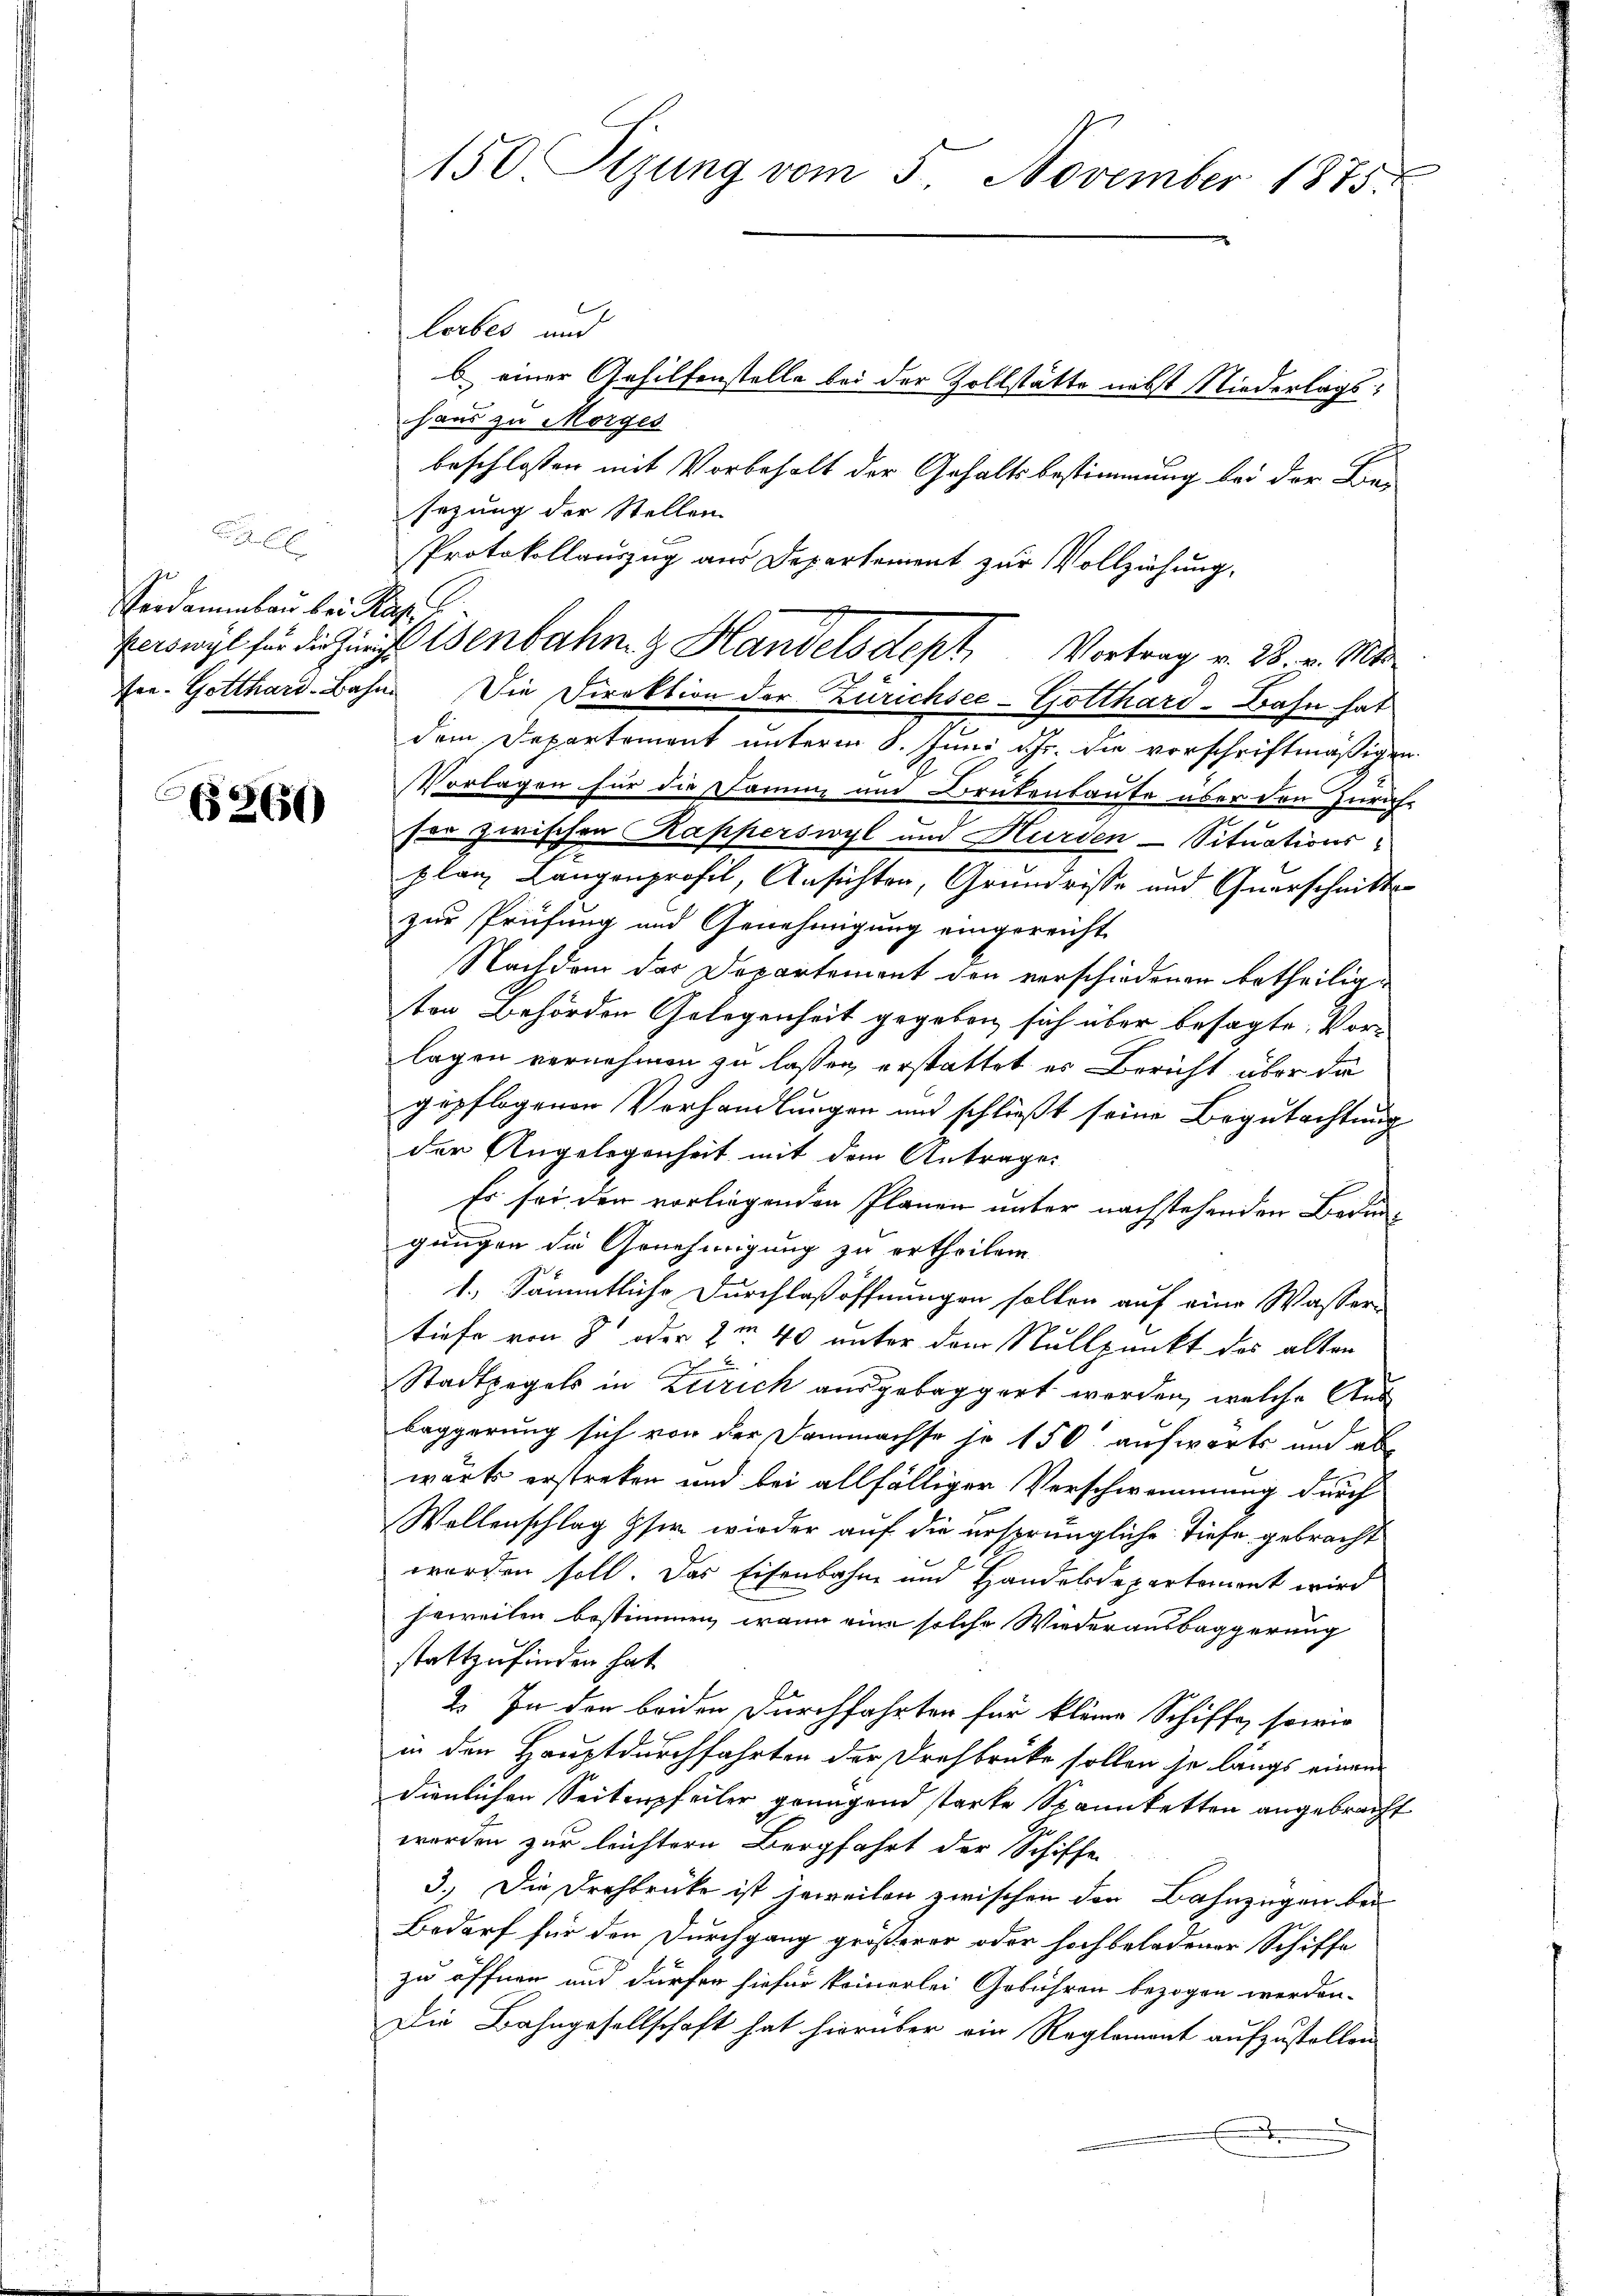
Verdammbau bei Russ

6260

Lorbes und
b einer Gehilfenstelle bei der Zollstätte nebst Niederlagshaus zu Morges
beschlossen mit Vorbehalt der Gehaltsbestimmung bei der Bei-
sezung der Stellen
Protokollauszug aus Departement zur Vollziehung.
Ewwyl für die Zunft isenbahn & Handelsdept Vortrag v. 28. v. Mts.
Fre- Gotthard-Bahn. Die Direktion der Zürichsee-Gotthard-Bahn hat
dem Departement unterm 8. Juni d. Js. die vorschriftmäßigen
Vorlagen für die Damme und Brütenbaute über den Zürichser zwischen Kapperswyl und Hurden Situationsplanz Langenprofil, Ansichten, Grundriste und Querschnittszur Prüfung und Genehmigung eingereicht
Nachdem das Departement den verschiedenen betheiligten Behörden Gelegenheit gegeben sich über besagte Vorlagen vernehmen zu lassen, erstattet es Bericht über da
gepflogenen Verhandlungen und schließt seine Begutachtung
der Angelegenheit mit dem Antrage
Es sei der vorliegenden Planen unter nachstehenden Bedingungen die Genehmigung zu ertheilen
1.) Sämmtliche Durchlaßöffnungen sollen auf eine Wasser-
tiefe von 8 oder 2m 40 unter dem Nullpunkt des alten

Stadtzegels in Zürich ausgebaggert werden, welche Aus
leggerung sich von der Dammachse je 150 aufwärts und ab
wärts erstreken und bei allfälliger Verschwemmung durch
Wollenschlag ser wieder auf die ursprüngliche Tiefe gebracht
worden soll. Das Eisenbahne und Handelsdepartement wird
jeweilen bestimmen, wenn eine solche Wiederausbaggerung
stattzufinden hat.
2. In den beiden Durchfahrten für kleine Schiffe, sowie
in den Hauptdurchfahrten der Drehbrücke sollen ihr längs einem
dienlichen Seitenpfeiler grungend starke Spannketten angebracht
worden zur leichtern Bergfahrt der Schiffe
3.) Die Drehbrücke ist jeweilen zwischen der Bahnzügen bei
Bedarf für den Durchgang größerer oder hoch beladener Schiffe
zu öffnen und dürfen hiefür keinerlei Gebühren bezogen werden.
Die Bahngesellschaft hat hierüber ein Reglement aufzustellen

150 Tizung vom 5. November 1875.